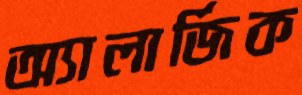
অ্যালার্জিক